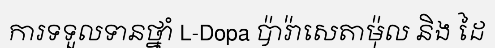
ការទទួលទានថ្នាំ L-Dopa ប៉ារ៉ាសេតាម៉ុល និង ដៃ